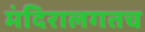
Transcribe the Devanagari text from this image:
मंदिरालगतच